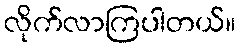
လိုက်လာကြပါတယ်။